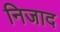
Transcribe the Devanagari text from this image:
निजाद